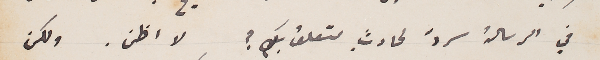
في الرسالة سردَ لحادثِ متعلق بكِ؟ لا اظن. ولكن